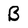
Character: B